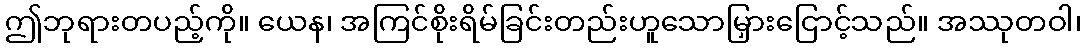
ဤဘုရားတပည့်ကို။ ယေန၊ အကြင်စိုးရိမ်ခြင်းတည်းဟူသောမြှားငြောင့်သည်။ အဿုတဝါ၊